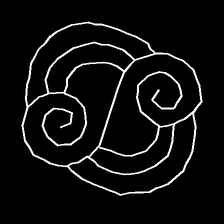
Glyph: wind-underfoot